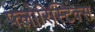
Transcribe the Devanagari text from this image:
फ्लोरिस्टिक्स